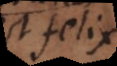
est felix